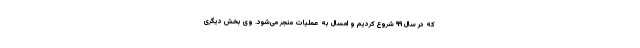
که در سال ۹۹ شروع کردیم و امسال به عملیات منجر می‌شود. وی بخش دیگری